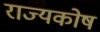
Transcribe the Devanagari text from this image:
राज्‍यकोष